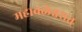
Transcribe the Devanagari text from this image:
महाबळेश्वरात